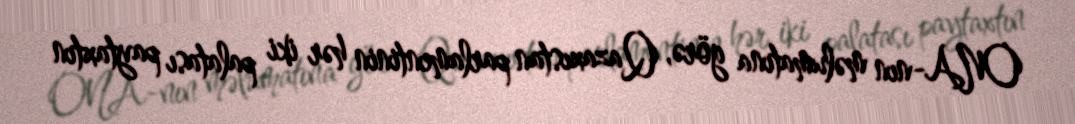
ONA-nın məlumatına görə, Qazaxıstan parlamentinin hər iki palatası paytaxtın